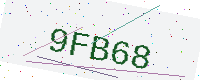
Text: 9FB68